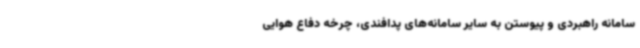
سامانه راهبردی و پیوستن به سایر سامانه‌های پدافندی، چرخه دفاع هوایی